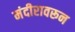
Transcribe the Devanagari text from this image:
मंदीरावरून